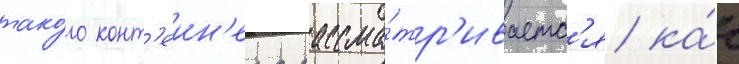
тако́го конт'еин'ера рассма́тр'иваетс'я ка́к